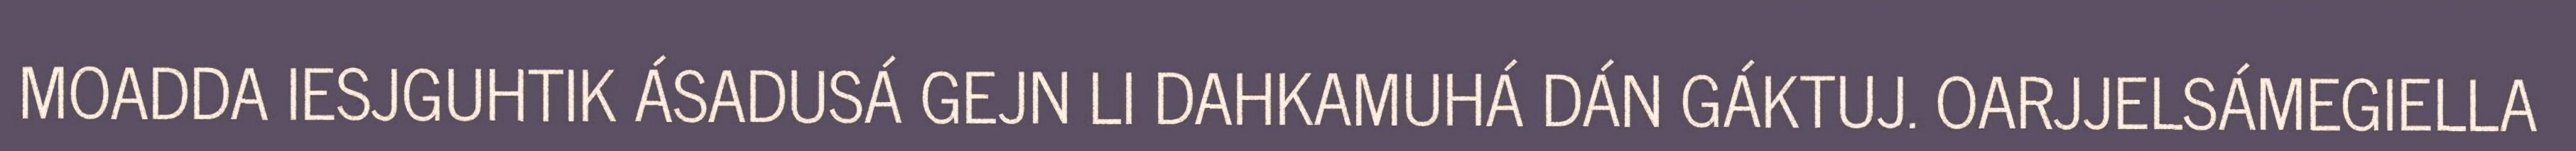
MOADDA IESJGUHTIK ÁSADUSÁ GEJN LI DAHKAMUHÁ DÁN GÁKTUJ. OARJJELSÁMEGIELLA